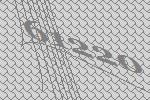
61220